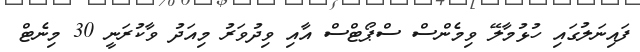
ފައިނަލުގައި ހުޅުމާލޭ ވިމެންސް ސްޕޯޓްސް އާއި ވިދުވަރު މިއަދު ވާކުރަނީ 30 މިނެޓް